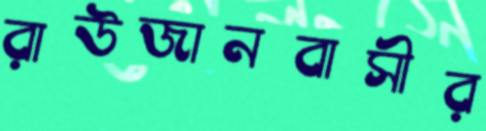
রাউজানবাসীর